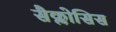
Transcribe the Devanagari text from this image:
सैक्लोसिस